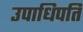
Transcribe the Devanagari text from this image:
उपाधिपति